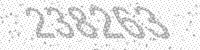
Solution: 238263